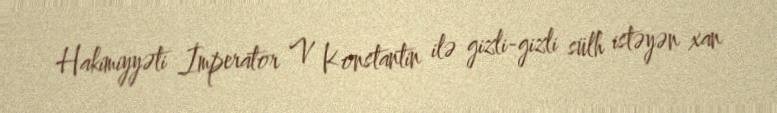
Hakimiyyəti İmperator V Konstantin ilə gizli-gizli sülh istəyən xan